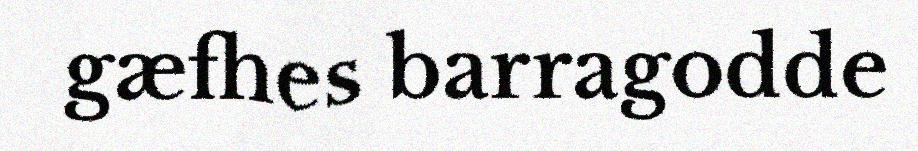
gæfhes barragodde